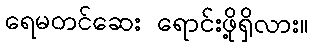
ရေမတင်ဆေး ရောင်းဖို့ရှိလား။